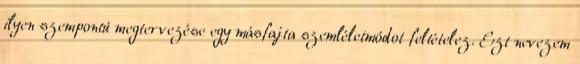
ilyen szempontú megtervezése egy másfajta szemléletmódot feltételez. Ezt nevezem